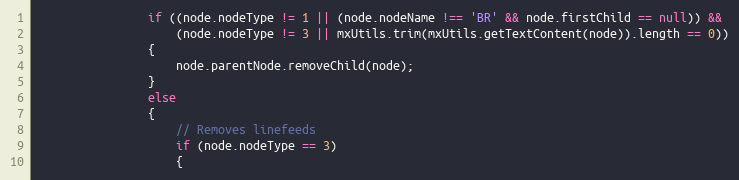
Language: JavaScript
				if ((node.nodeType != 1 || (node.nodeName !== 'BR' && node.firstChild == null)) &&
					(node.nodeType != 3 || mxUtils.trim(mxUtils.getTextContent(node)).length == 0))
				{
					node.parentNode.removeChild(node);
				}
				else
				{
					// Removes linefeeds
					if (node.nodeType == 3)
					{